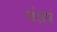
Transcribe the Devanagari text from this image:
मंडपं